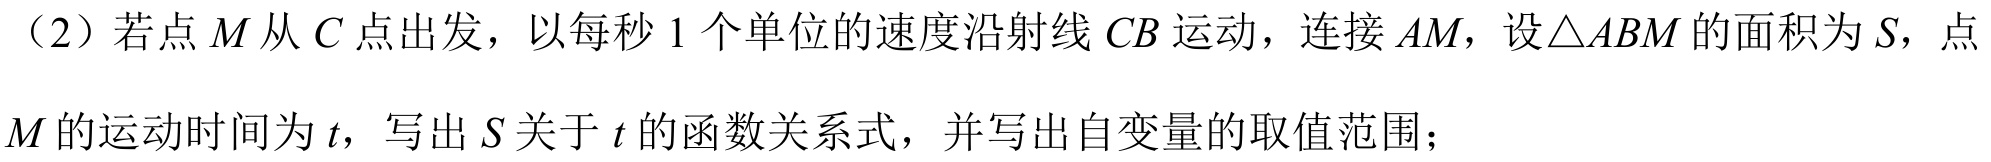
（2）若点\(M\)从\(C\)点出发，以每秒\(1\)个单位的速度沿射线\(CB\)运动，连接\(AM\)，设\(\triangle ABM\)的面积为\(S\)，点
\(M\)的运动时间为\(t\)，写出\(S\)关于\(t\)的函数关系式，并写出自变量的取值范围；